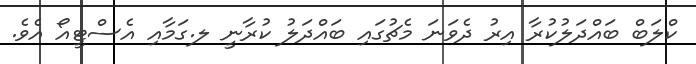
ކްލަބް ބައްދަލުކުރާ އިރު ދެވަނަ މެޗުގައި ބައްދަލު ކުރާނީ ލ.ގަމާއި އެސްޓީއޯ އެވެ.